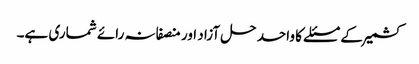
کشمیر کے مسئلے کا واحد حل آزاد اور منصفانہ رائے شماری ہے۔